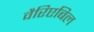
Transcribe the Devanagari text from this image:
वैरिएबिल